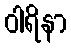
ဝါရိနာ